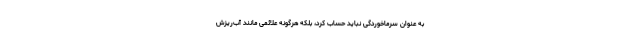
به عنوان سرماخوردگی نباید حساب کرد، بلکه هرگونه علائمی مانند آب‌ریزش